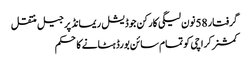
گرفتار 58نون لیگی کارکن جوڈیشل ریمانڈ پر جیل منتقل
کمشنر کراچی کو تمام سائن بورڈ ہٹانے کا حکم